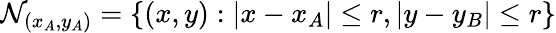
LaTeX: \mathcal{N}_{(x_{A},y_{A})}=\{ (x,y):|x-x_{A}|\leq r,|y-y_{B}|\leq r\}